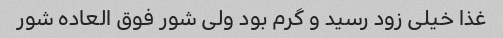
غذا خیلی زود رسید و گرم بود ولی شور فوق العاده شور